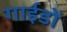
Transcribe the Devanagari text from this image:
गाईडों